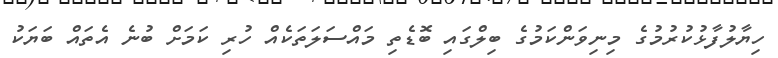
ހިޔާލުފާޅުކުރުމުގެ މިނިވަންކަމުގެ ބިލްގައި ބޮޑެތި މައްސަލަތަކެއް ހުރި ކަމަށް ބުނެ އެތައް ބަޔަކު